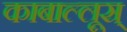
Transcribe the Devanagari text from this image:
काबाल्लूस्